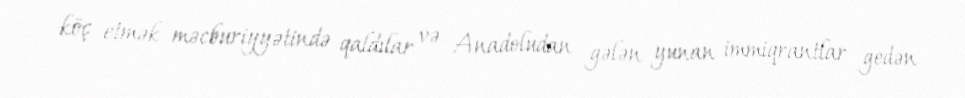
köç etmək məcburiyyətində qaldılar və Anadoludan gələn yunan immiqrantlar gedən